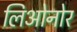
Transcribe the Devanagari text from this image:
लिओनोर